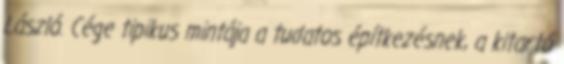
László. Cége tipikus mintája a tudatos építkezésnek, a kitartó